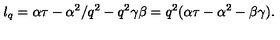
l _ { q } = \alpha \tau - \alpha ^ { 2 } / q ^ { 2 } - q ^ { 2 } \gamma \beta = q ^ { 2 } ( \alpha \tau - \alpha ^ { 2 } - \beta \gamma ) .